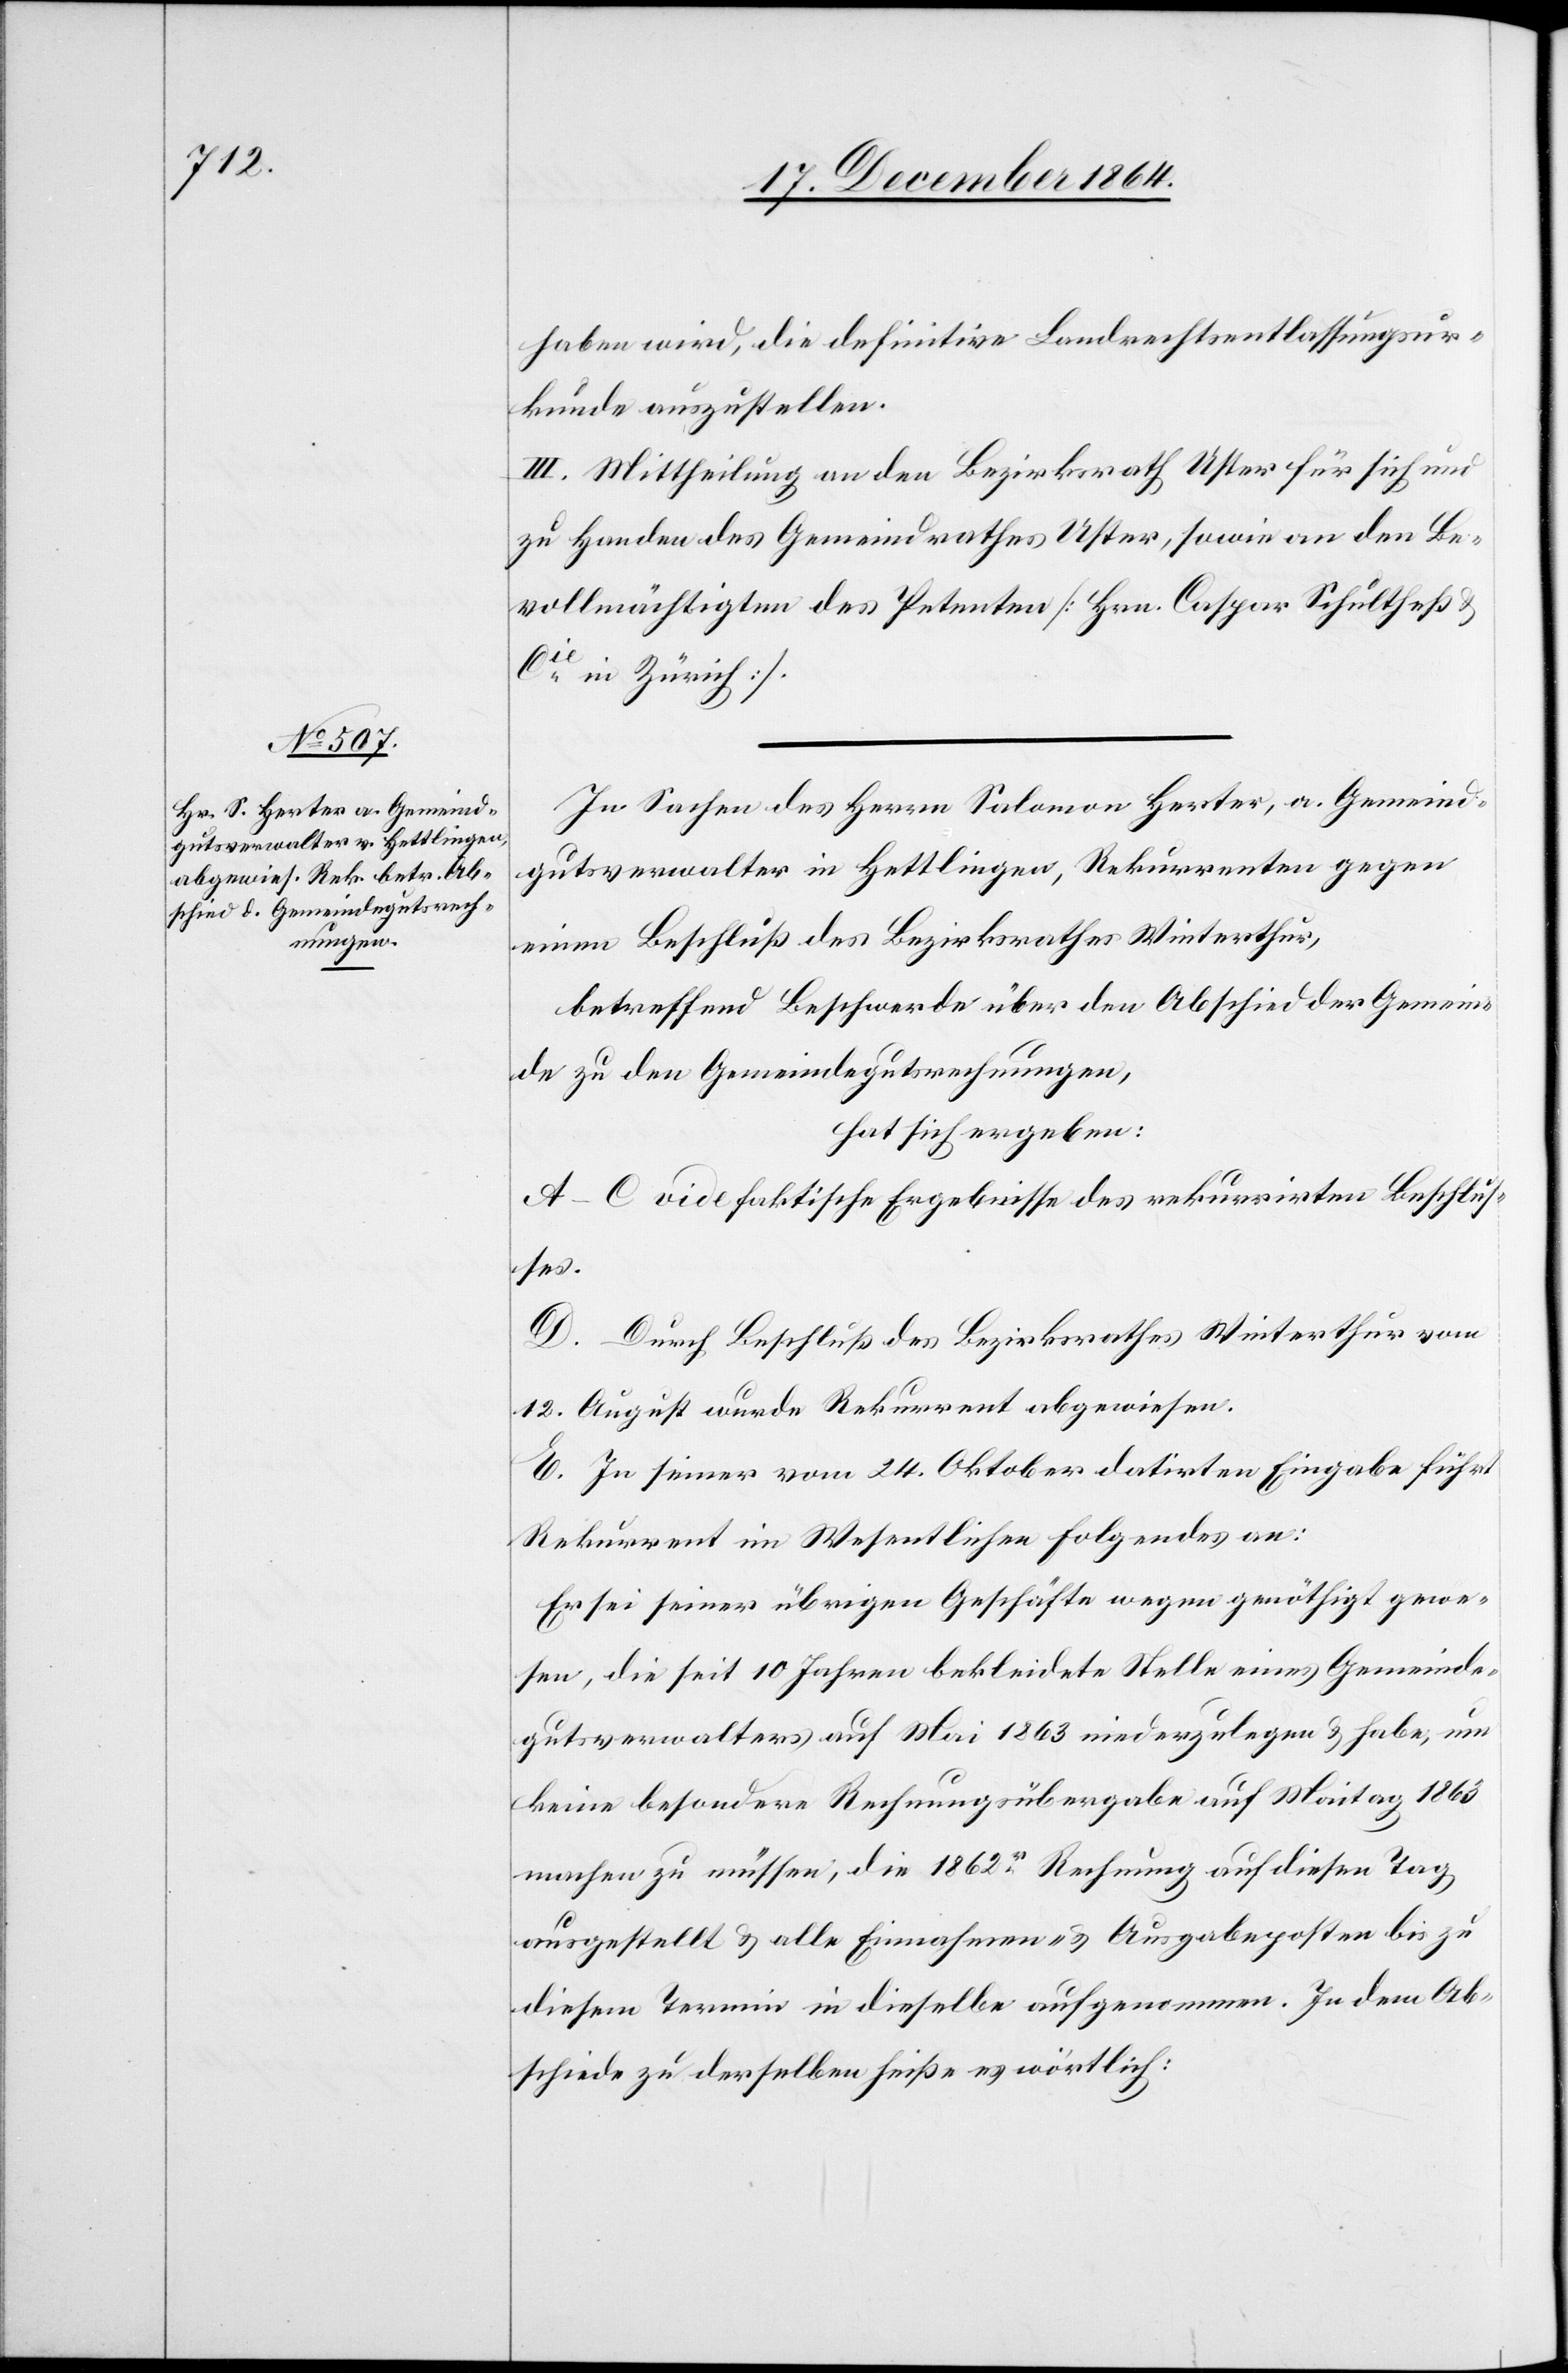
haben wird, die definitive Landrechtsentlassungsur¬
kunde auszustellen.
III. Mittheilung an den Bezirksrath Uster für sich und
zu Handen des Gemeindrathes Uster, sowie an den Be¬
vollmächtigten des Petenten [Hrn. Caspar Schultheß &
Cie in Zürich].
In Sachen des Herrn Salomon Herter, a. Gemeind¬
gutsverwalter in Hettlingen, Rekurrenten gegen
einen Beschluß des Bezirksrathes Winterthur,
betreffend Beschwerde über den Abschied der Gemein¬
de zu den Gemeindegutsrechnungen,
hat sich ergeben:
A.–C. vide faktische Ergebnisse des rekurrirten Beschlus¬
ses.
D. Durch Beschluß des Bezirksrathes Winterthur vom
12. August wurde Rekurrent abgewiesen.
E. In seiner vom 24. Oktober datirten Eingabe führt
Rekurrent im Wesentlichen folgendes an:
Er sei seiner übrigen Geschäfte wegen genöthigt gewe¬
sen, die seit 10 Jahren bekleidete Stelle eines Gemeinde¬
gutsverwalters auf Mai 1863 niederzulegen & habe, um
keine besondere Rechnungsübergabe auf Maitag 1863
machen zu müssen, die 1862er Rechnung auf diesen Tag
ausgestellt & alle Einnahmen- & Ausgabeposten bis zu
diesem Termin in dieselbe aufgenommen. In dem Ab¬
schiede zu derselben heiße es wörtlich: